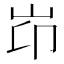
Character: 岇